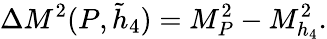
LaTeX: \Delta M^{2}(P,\tilde{h}_{4})=M_{P}^{2}-M_{h_{4}}^{2}.